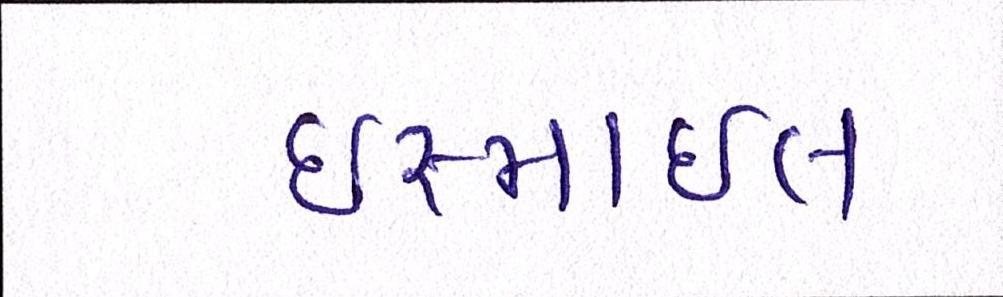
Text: ઈસ્માઈલ